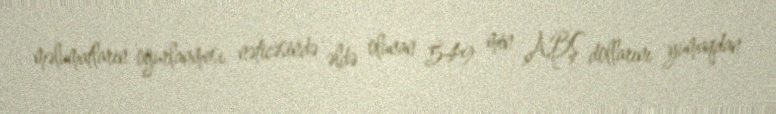
məlumatların oğurlanması nəticəsində əldə olunan 549 min ABŞ dollarını yumaqdan